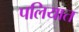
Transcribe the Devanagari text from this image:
पलियात